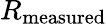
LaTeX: R_{\mathrm{{measured}}}